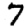
Digit: 7